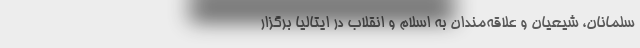
سلمانان، شیعیان و علاقه‌مندان به اسلام و انقلاب در ایتالیا برگزار